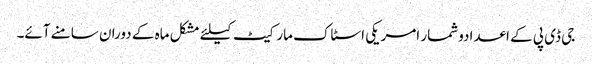
جی ڈی پی کے اعدادوشمار امریکی اسٹاک مارکیٹ کیلئے مشکل ماہ کے دوران سامنے آئے۔